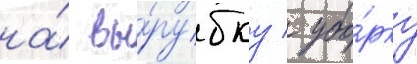
на́ вы́рубку / убо́рку